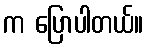
က ပြောပါတယ်။